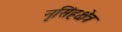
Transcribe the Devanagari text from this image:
नृसिंहक्षेत्र